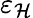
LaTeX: \varepsilon_{\mathcal{H}}